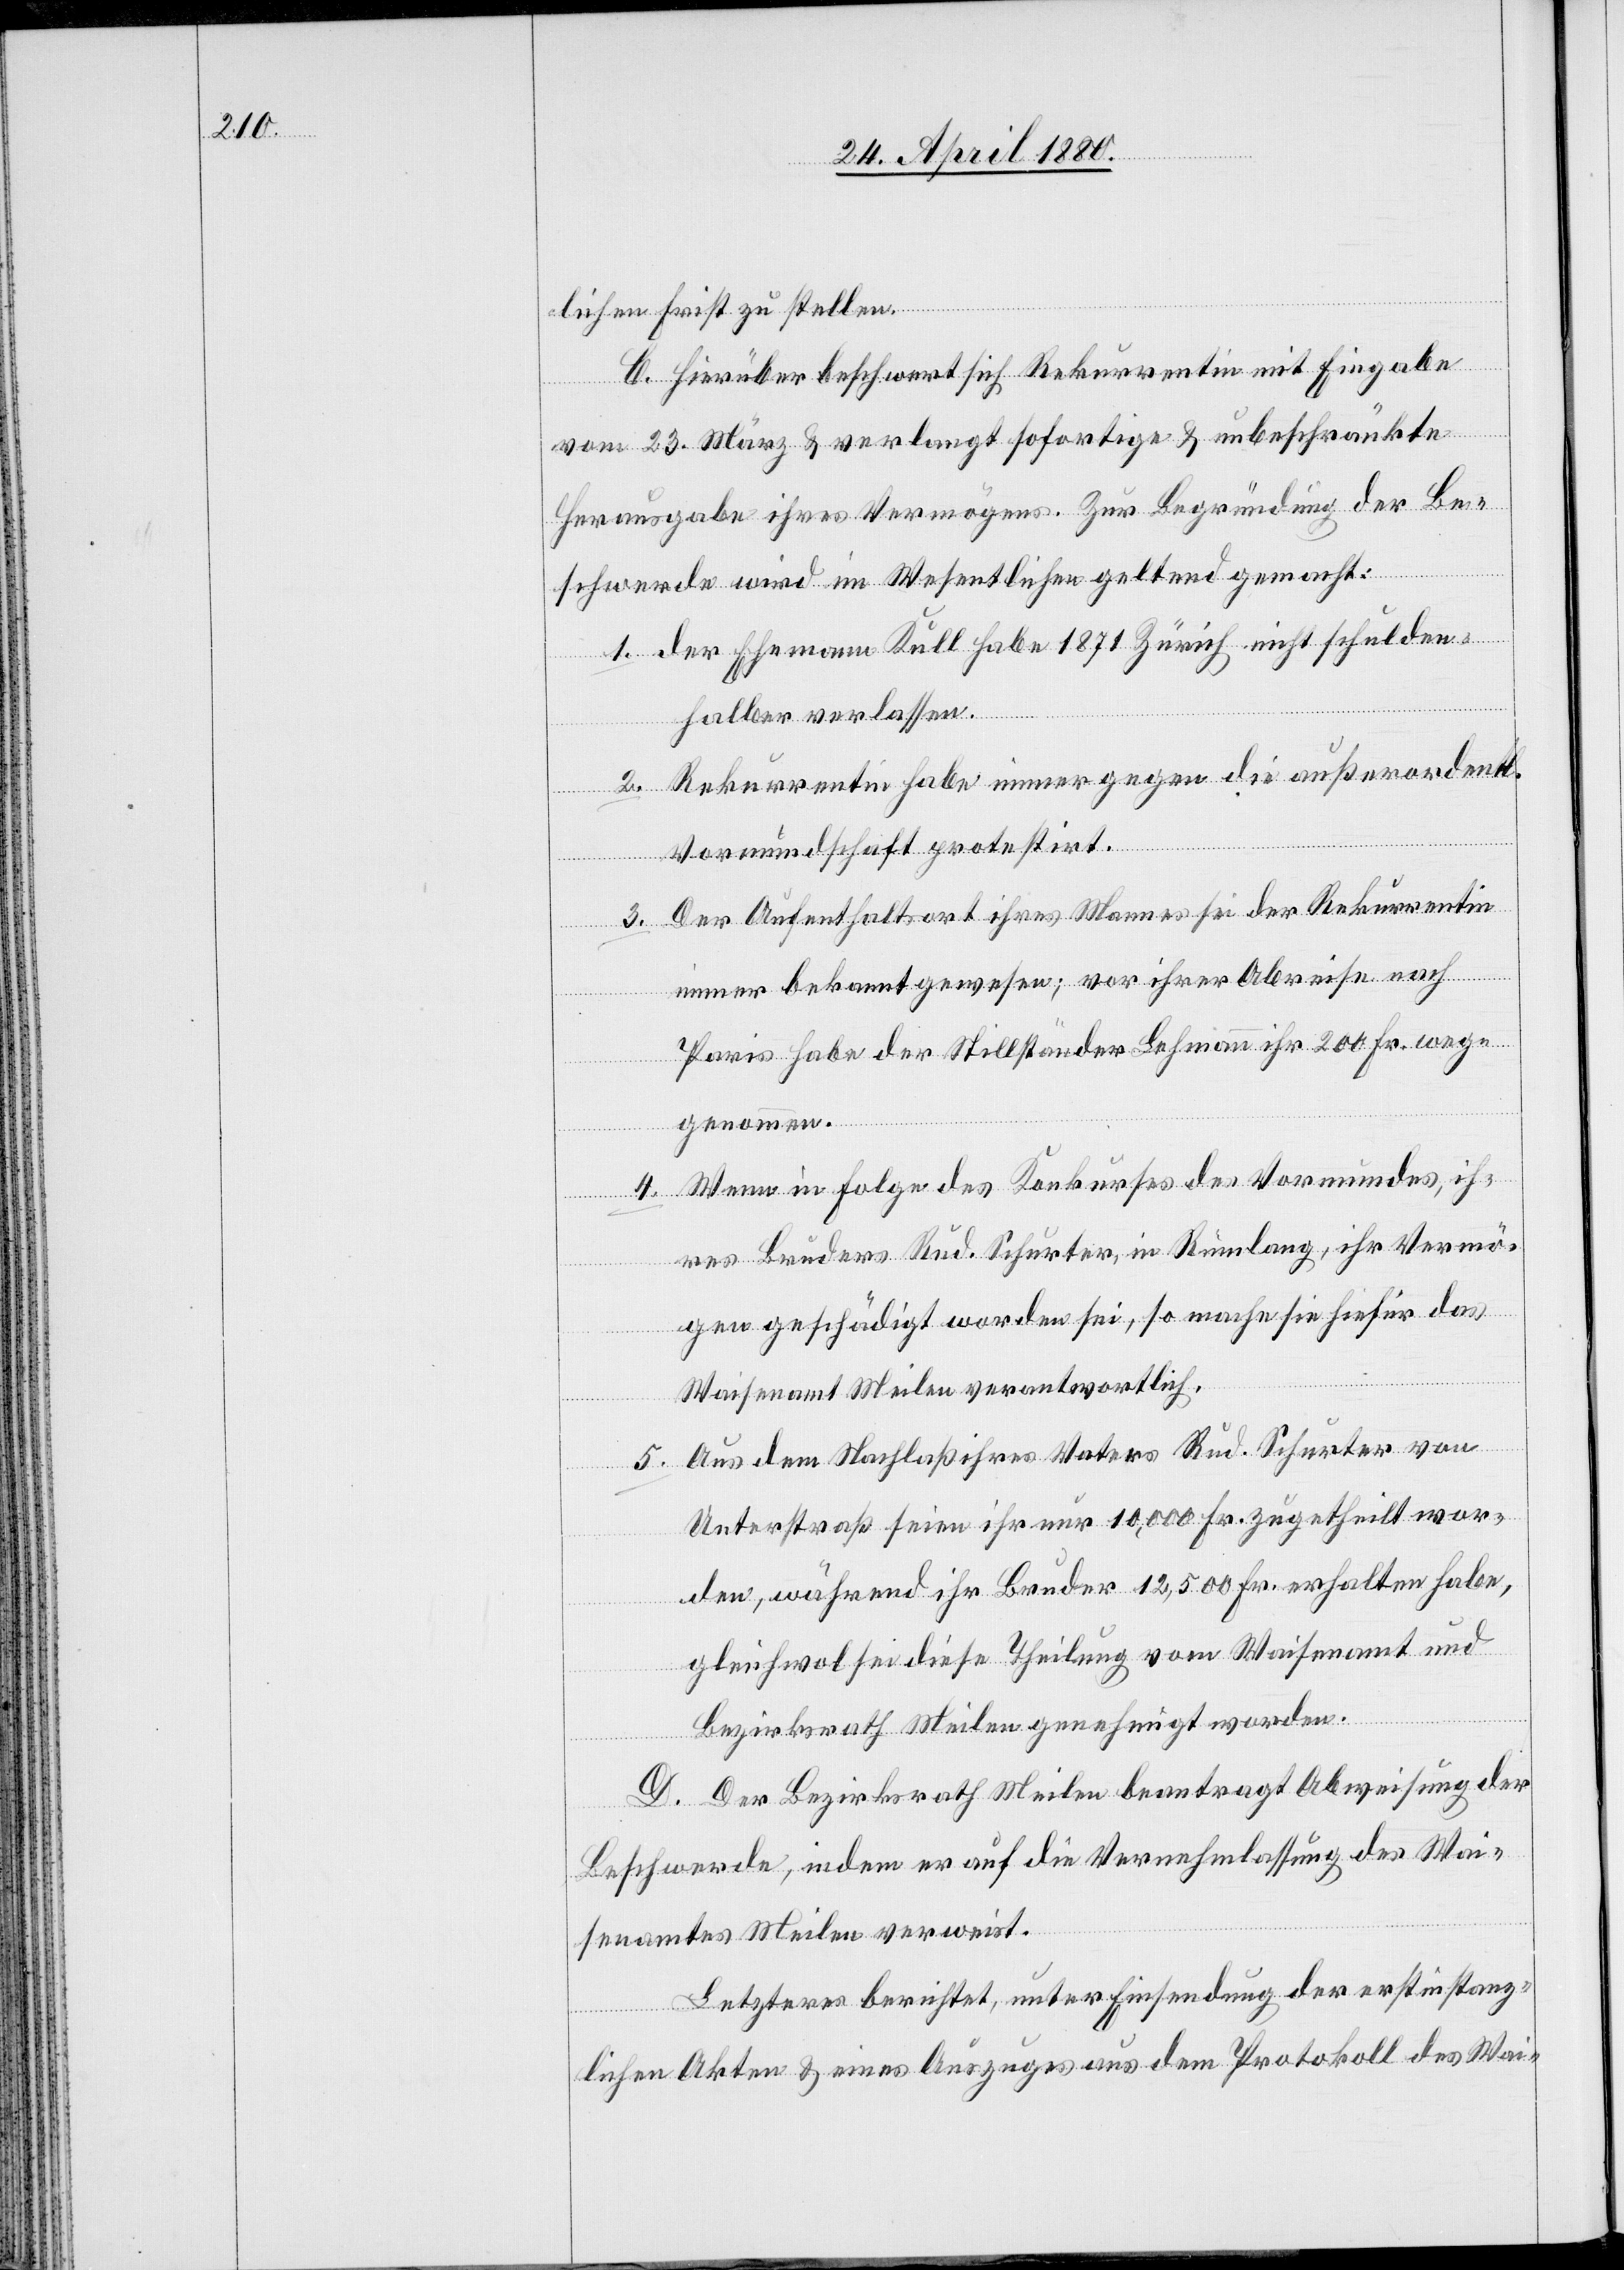
lichen Frist zu stellen.
5.
C. Hierüber beschwert sich Rekurrentin mit Eingabe
vom 23. März & verlangt sofortige & unbeschränkte
Herausgabe ihres Vermögens. Zur Begründung der Be¬
schwerde wird im Wesentlichen geltend gemacht:
der Ehemann Kull habe 1871 Zürich nicht schulden¬
halber verlassen.
Rekurrentin habe immer gegen die außerordentl.
Vormundschaft protestirt.
Der Aufenthaltsort ihres Mannes sei der Rekurrentin
immer bekannt gewesen; vor ihrer Abreise nach
Paris habe der Stillständer Lehmann ihr 200 Fr. weg¬
genommen.
Wenn in Folge des Konkurses des Vormundes, ih¬
4.
res Bruders Rud. Schurter, in Rümlang, ihr Vermö¬
gen geschädigt worden sei, so mache sie hiefür das
Waisenamt Meilen verantwortlich.
Aus dem Nachlaß ihres Vaters Rud. Schurter von
Unterstraß seien ihr nur 10,000 Fr. zugetheilt wor¬
den, während ihr Bruder 12,500 Fr. erhalten habe,
gleichwol sei diese Theilung vom Waisenamt und
Bezirksrath Meilen genehmigt worden.
D. Der Bezirksrath Meilen beantragt Abweisung der
Beschwerde, indem er auf die Vernehmlassung des Wai¬
senamtes Meilen verweist.
Letzteres berichtet, unter Einsendung der erstinstanz¬
lichen Akten & eines Auszuges aus dem Protokoll des Wai-